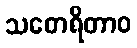
သတေရိတာဝ